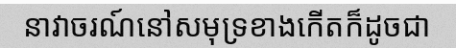
នាវាចរណ៍នៅសមុទ្រខាងកើតក៏ដូចជា